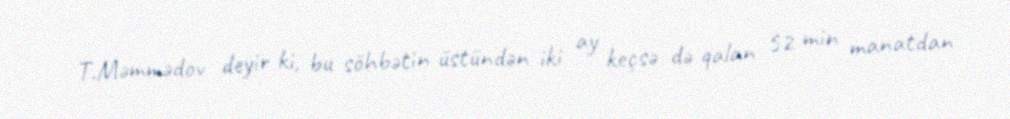
T.Məmmədov deyir ki, bu söhbətin üstündən iki ay keçsə də qalan 52 min manatdan